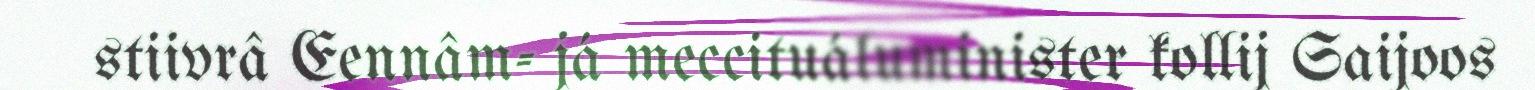
stiivrâ Eennâm- já meccituáluminister kollij Saijoos